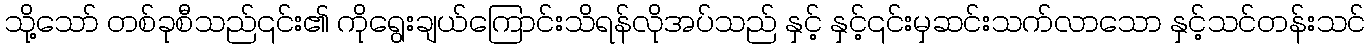
သို့သော် တစ်ခုစီသည်၎င်း၏ ကိုရွေးချယ်ကြောင်းသိရန်လိုအပ်သည် နှင့် နှင့်၎င်းမှဆင်းသက်လာသော နှင့်သင်တန်းသင်